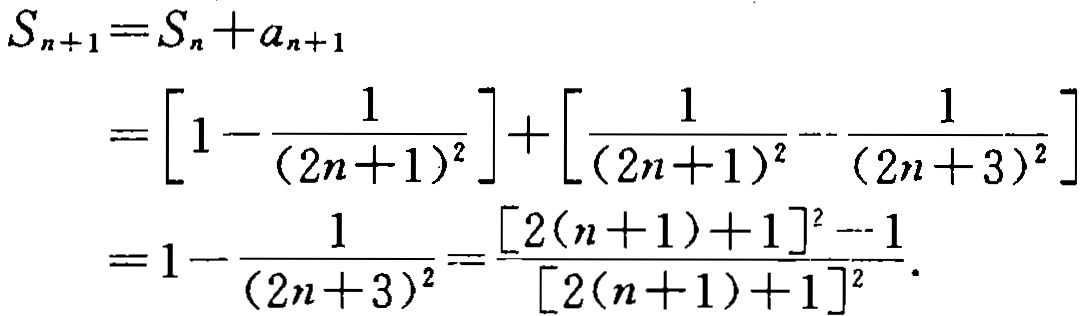
\[
\begin{align*}
S_{n + 1}&=S_{n}+a_{n + 1}\\
&=\left[1 - \frac{1}{(2n + 1)^{2}}\right]+\left[\frac{1}{(2n + 1)^{2}}-\frac{1}{(2n + 3)^{2}}\right]\\
&=1-\frac{1}{(2n + 3)^{2}}=\frac{[2(n + 1)+1]^{2}-1}{[2(n + 1)+1]^{2}}.
\end{align*}
\]